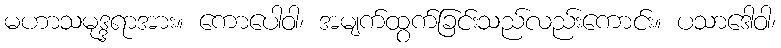
မဟာသမုဒ္ဒရာအား။ ကောပေါဝါ၊ အမျက်ထွက်ခြင်းသည်လည်းကောင်း။ ပသာဒေါဝါ၊